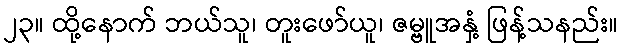
၂၃။ ထို့နောက် ဘယ်သူ၊ တူးဖော်ယူ၊ ဇမ္ဗူအနှံ့ ဖြန့်သနည်း။